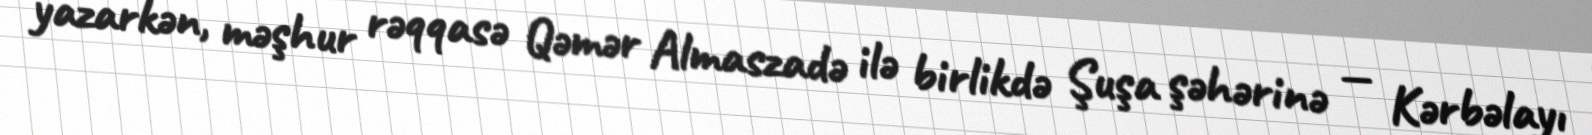
yazarkən, məşhur rəqqasə Qəmər Almaszadə ilə birlikdə Şuşa şəhərinə — Kərbəlayı